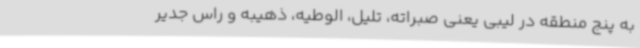
به پنج منطقه در لیبی یعنی صبراته، تلیل، الوطیه، ذهیبه و راس جدیر